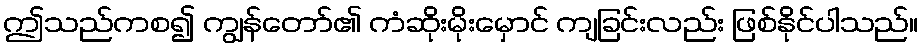
ဤသည်ကစ၍ ကျွန်တော်၏ ကံဆိုးမိုးမှောင် ကျခြင်းလည်း ဖြစ်နိုင်ပါသည်။